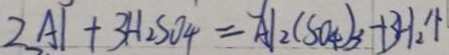
2 A 1 + 3 H _ { 2 } S O _ { 4 } = A L _ { 2 } ( S O _ { 4 } ) _ { 3 } + 3 H _ { 2 } \uparrow